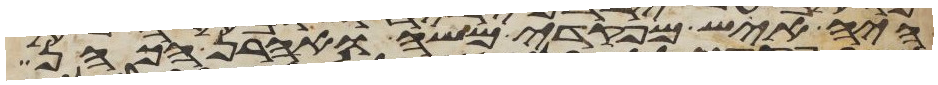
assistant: היה איש מפקדי משה ואהרן הכהן